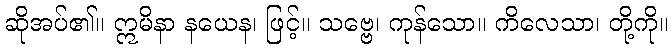
ဆိုအပ်၏။ ဣမိနာ နယေန၊ ဖြင့်။ သဗ္ဗေ၊ ကုန်သော။ ကိလေသာ၊ တို့ကို။